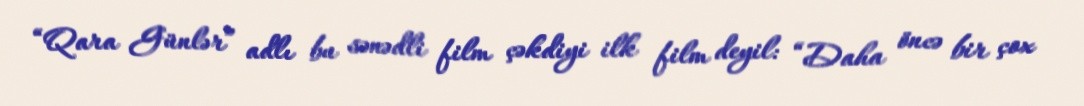
“Qara Günlər” adlı bu sənədli film çəkdiyi ilk film deyil: “Daha öncə bir çox